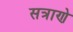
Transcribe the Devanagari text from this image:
सत्राणे